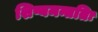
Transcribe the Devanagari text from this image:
शिष्यमन्ततिः